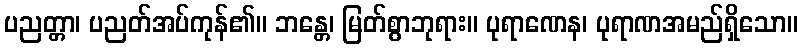
ပညတ္တာ၊ ပညတ်အပ်ကုန်၏။ ဘန္တေ၊ မြတ်စွာဘုရား။ ပုရာဏေန၊ ပုရာဏအမည်ရှိသော။